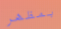
بمظهر